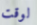
لوقت